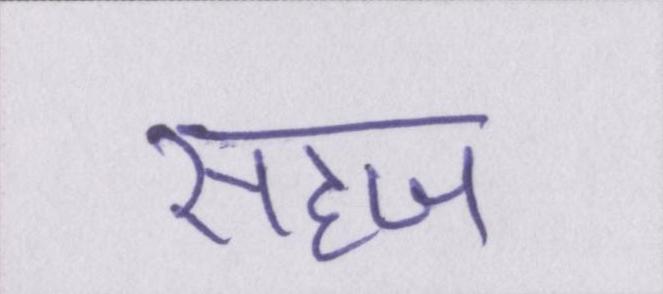
सहज